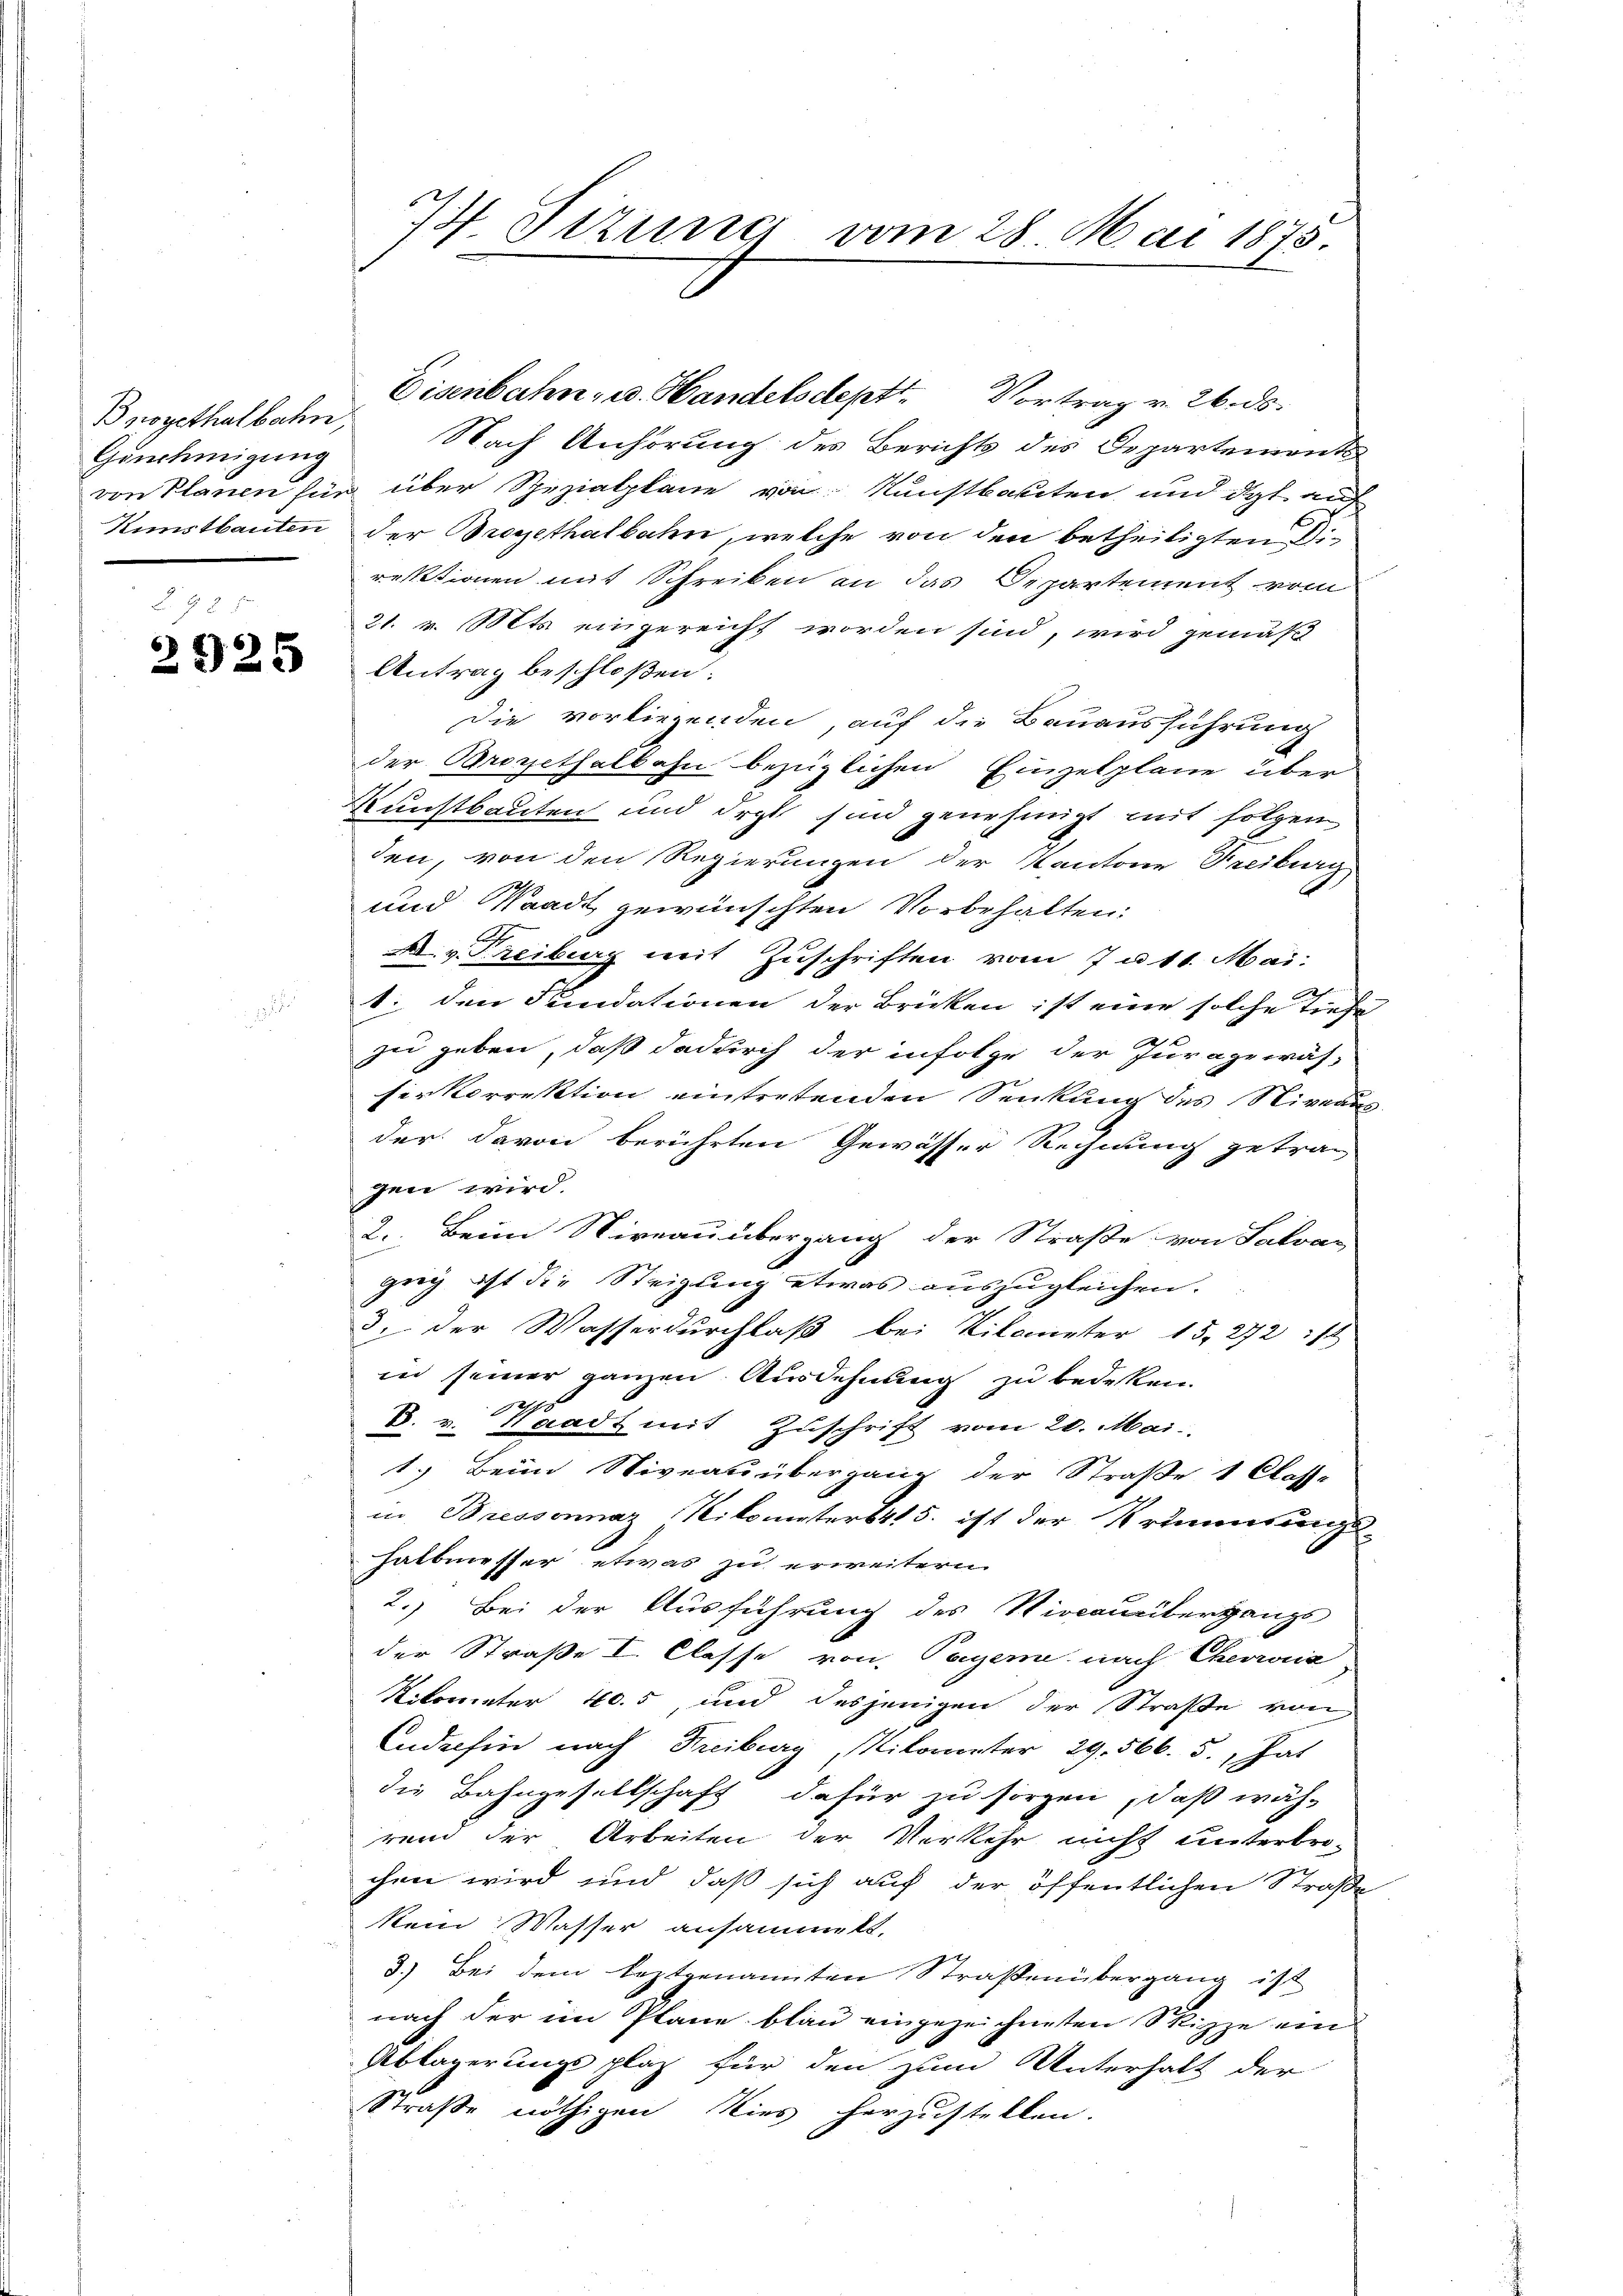
Genehmigung

2925

77. Sizung vom 28. Mai 1875.

Buogethalbahn, Nach Anhörung des Berichts des Departement
von Planen für über Spezialplane von Kunstkanten und das auf
Kunstbauten der Bregethalbahn, welche von den betheiligten Direktionen mit Schreiben an das Departement vom
21. v. Mts. eingereicht worden sind, wird gemäß
Antrag beschloßen:
Die vorliegenden, auf die Bauausführung
der Bropithalbahn bezüglichen Einzelplane über
Kunstbauten und Irgt sind genehmigt mit folgen
den, von den Regierungen der Kantone Freiburg
und Waadt gewünschten Vorbehalten:
a
A. v. Freiburg mit Zuschriften vom 7. d. 11. Mai.
t. den Fundationen der Brücken ist eine solche Tiefe
zu geben, daß dadurch der infolge der Juragewäs-
serkorrektion eintretenden Senkung des Niveau
der davon berührten Gewässer Rechnung getragen wird.
2. Beim Niveau übergang der Straße von Salvas
gweg ist die Steigung etwas auszugleichen.
3. der Wasserdurchlaß bei Kilometer 15. 272 :/
in seiner ganzen Ausdehnung zu bedeken.
k. v. Waadt mit Zuschrift vom 20. Mai
1.) Beim Niveau übergang der Straße 1 Classe
in Bressonnaz Kilometers 415. ist der Krummsungs
halbmesser etwas zu erweitern.
2.) Bei der Ausführung des Riocauübergangs
der Straße I. Classe von Tagene nach Chevria
Rikometer 405, und desjenigen der Straße von
Anderhin nach Freiburg, Nikometer 29. 566. 5., hat
die Bahngesellschaft dafür zu sorgen, daß wäh-
rend der Arbeiten der Verkehr nicht unterbrochen wird und daß sich auf der öffentlichen Straße
kein Wasser ansammelt,
3.) Bei dem leztgenannten Straßenübergang ist
nach der im Plane blau eingezeichneten Skizze ein
Ablagerungsplaz für den zum Unterhalt der
Straße nöthigen Nies herzustellen.

Eisenbahn, u. Handelsdept. Vortrag v. 26. ds.